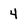
Character: 4